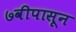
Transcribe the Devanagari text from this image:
७वीपासून